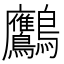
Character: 𪈾